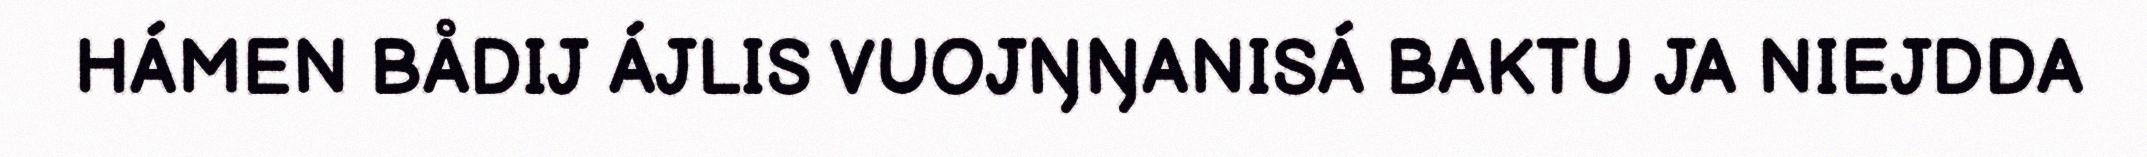
HÁMEN BÅDIJ ÁJLIS VUOJŊŊANISÁ BAKTU JA NIEJDDA